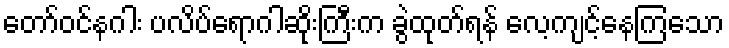
တော်ဝင်နဂါး ပလိပ်ရောဂါဆိုးကြီးက ခွဲထုတ်ရန် လေ့ကျင့်နေကြသော